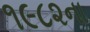
૧૯૮૨ના